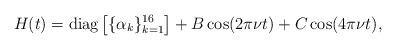
LaTeX: \begin{align*}H(t) = \textrm{diag}\left[\{\alpha_k\}_{k=1}^{16}\right]+ B \cos(2\pi \nu t) + C \cos(4\pi \nu t),\end{align*}